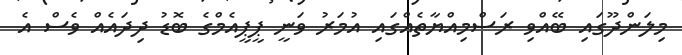
މިލަންދޫގައި ބޭއްވި ރަސްމިއްޔާތެއްގައި އުމަރު ވަނީ ޕީޕީއެމްގެ ބޮޑު ދިދައެއް ވެސް އެ